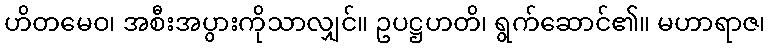
ဟိတမေဝ၊ အစီးအပွားကိုသာလျှင်။ ဥပဋ္ဌဟတိ၊ ရွက်ဆောင်၏။ မဟာရာဇ၊